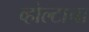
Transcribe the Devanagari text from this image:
व्होल्टाचा